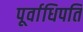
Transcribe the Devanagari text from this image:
पूर्वाधिपति